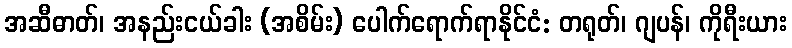
အဆီဓာတ်၊ အနည်းငယ်ခါး (အစိမ်း) ပေါက်ရောက်ရာနိုင်ငံ: တရုတ်၊ ဂျပန်၊ ကိုရီးယား